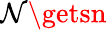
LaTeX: \mathcal{N}\getsn